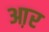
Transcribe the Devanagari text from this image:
आ़र